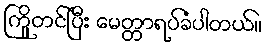
ကြိူတင်ပြီး မေတ္တာရပ်ခံပါတယ်။